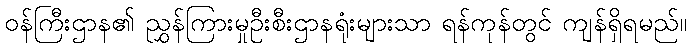
ဝန်ကြီးဌာန၏ ညွှန်ကြားမှုဦးစီးဌာနရုံးများသာ ရန်ကုန်တွင် ကျန်ရှိရမည်။